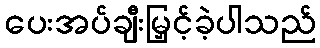
ပေးအပ်ချီးမြှင့်ခဲ့ပါသည်